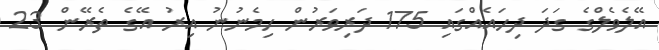
އޭލެވެލްގެ ގަދަ ދިހައެއްގައި 175 ދަރިވަރުން ހިމެނުނު އިރު އޭގެ ތެރޭން 23